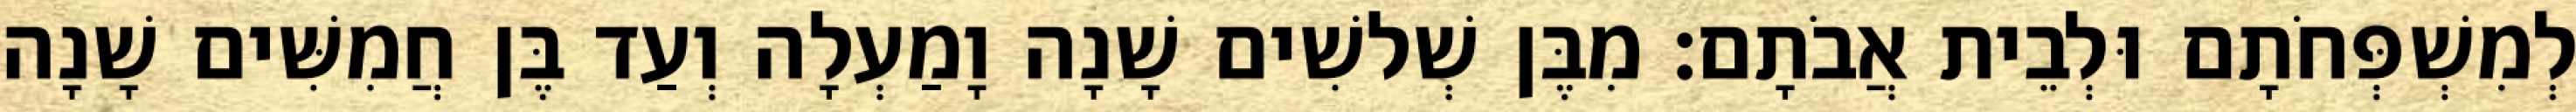
לְמִשְׁפְּחֹתָם וּלְבֵית אֲבֹתָם׃ מִבֶּן שְׁלשִׁים שָׁנָה וָמַעְלָה וְעַד בֶּן חֲמִשִּׁים שָׁנָה